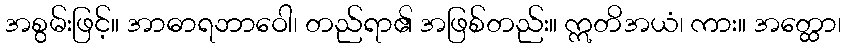
အစွမ်းဖြင့်။ အာဓာရဘာဝေါ၊ တည်ရာ၏ အဖြစ်တည်း။ ဣတိအယံ၊ ကား။ အတ္ထော၊